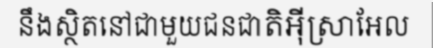
នឹងស្ថិតនៅជាមួយជនជាតិអ៊ីស្រាអែល